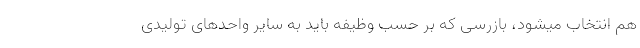
هم انتخاب میشود، بازرسی که بر حسب وظیفه باید به سایر واحد‌های تولیدی